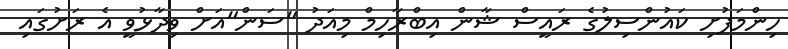
ހިންމަފުށި ކައުންސިލުގެ ރައީސް ޝާން އިބްރާހިމް މިއަދު "ސަން"އަށް ވިދާޅުވީ އެ ރަށުގައި